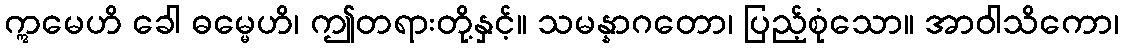
ဣမေဟိ ခေါ ဓမ္မေဟိ၊ ဤတရားတို့နှင့်။ သမန္နာဂတော၊ ပြည့်စုံသော။ အာဝါသိကော၊